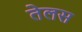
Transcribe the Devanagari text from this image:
तेलस